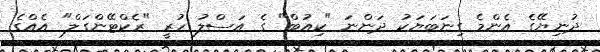
ދުނިޔޭގެ އެންމެ ގިނަބަޔަކު ދަންނަ "ކިއުބް" ގެ އަސްލު ހުރީ "ރެކްޓޭންގަލް" އެއްގެ